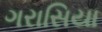
ગરાસિયા